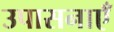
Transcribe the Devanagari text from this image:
उपासनाएँ